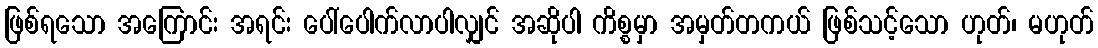
ဖြစ်ရသော အကြောင်း အရင်း ပေါ်ပေါက်လာပါလျှင် အဆိုပါ ကိစ္စမှာ အမှတ်တကယ် ဖြစ်သင့်သော ဟုတ်၊ မဟုတ်